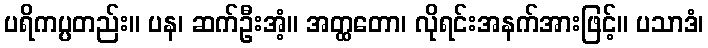
ပရိကပ္ပတည်း။ ပန၊ ဆက်ဦးအံ့။ အတ္ထတော၊ လိုရင်းအနက်အားဖြင့်။ ပသာဒံ၊